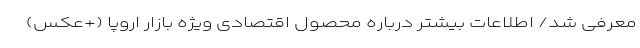
معرفی شد/ اطلاعات بیشتر درباره محصول اقتصادی ویژه بازار اروپا (+عکس)